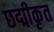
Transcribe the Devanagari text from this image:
छद्मीकृत